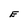
Character: E